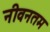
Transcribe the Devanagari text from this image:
नीवनतम